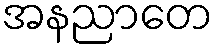
အနညာတေ